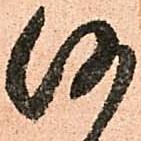
何